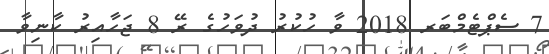
7 ސެޕްޓެމްބަރ 2018 ވާ ހުކުރު ދުވަހުގެ ރޭ 8 ޖަހާއިރު ކާނިވާ